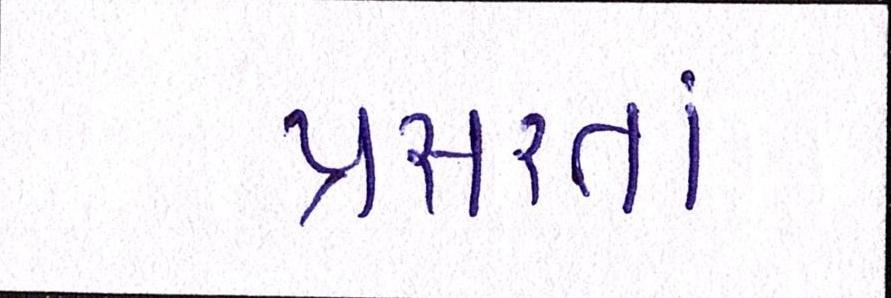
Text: પ્રસરતાં